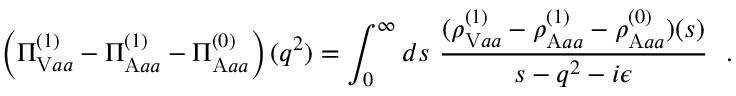
\left( \Pi _ { \mathrm { V } a a } ^ { ( 1 ) } - \Pi _ { \mathrm { A } a a } ^ { ( 1 ) } - \Pi _ { \mathrm { A } a a } ^ { ( 0 ) } \right) ( q ^ { 2 } ) = \int _ { 0 } ^ { \infty } d s ~ { \frac { ( \rho _ { \mathrm { V } a a } ^ { ( 1 ) } - \rho _ { \mathrm { A } a a } ^ { ( 1 ) } - \rho _ { \mathrm { A } a a } ^ { ( 0 ) } ) ( s ) } { s - q ^ { 2 } - i \epsilon } } \ \ .